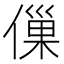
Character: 㑿